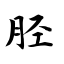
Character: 胫